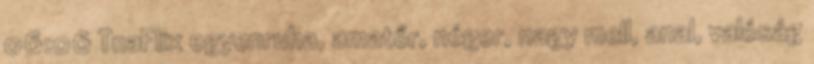
06:06 TnaFlix egyenruha, amatőr, néger, nagy mell, anal, valóság